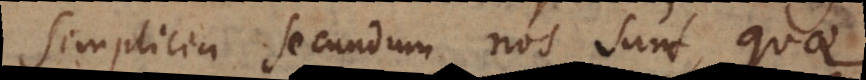
Simplicia secundum nos sunt, quae